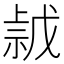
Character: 𢧡